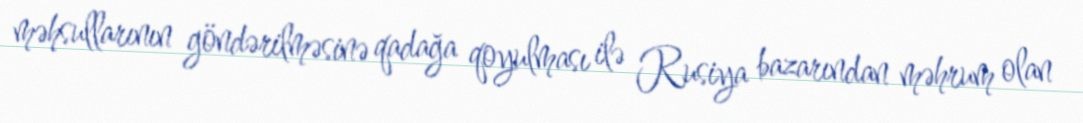
məhsullarının göndərilməsinə qadağa qoyulması ilə Rusiya bazarından məhrum olan